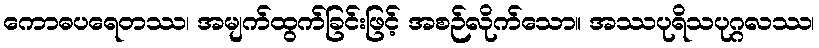
ကောဓပရေတဿ၊ အမျက်ထွက်ခြင်းဖြင့် အစဉ်လိုက်သော။ အဿပုရိသပုဂ္ဂလဿ၊